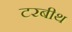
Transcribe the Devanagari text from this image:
टरबीथ